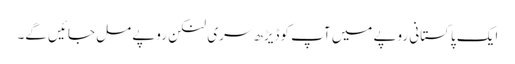
ایک پاکستانی روپے میں آپ کوڈیڑھ سری لنکن روپے مل جائیں گے۔